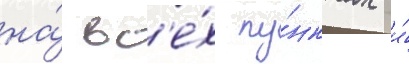
на́ вс'е́х пу́нктах и́